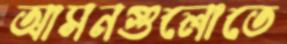
আসনগুলোতে